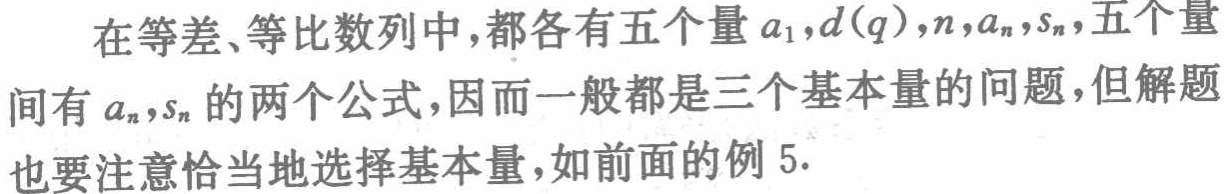
在等差、等比数列中,都各有五个量\(a_{1},d(q),n,a_{n},s_{n}\),五个量间有\(a_{n},s_{n}\)的两个公式,因而一般都是三个基本量的问题,但解题也要注意恰当地选择基本量,如前面的例5.